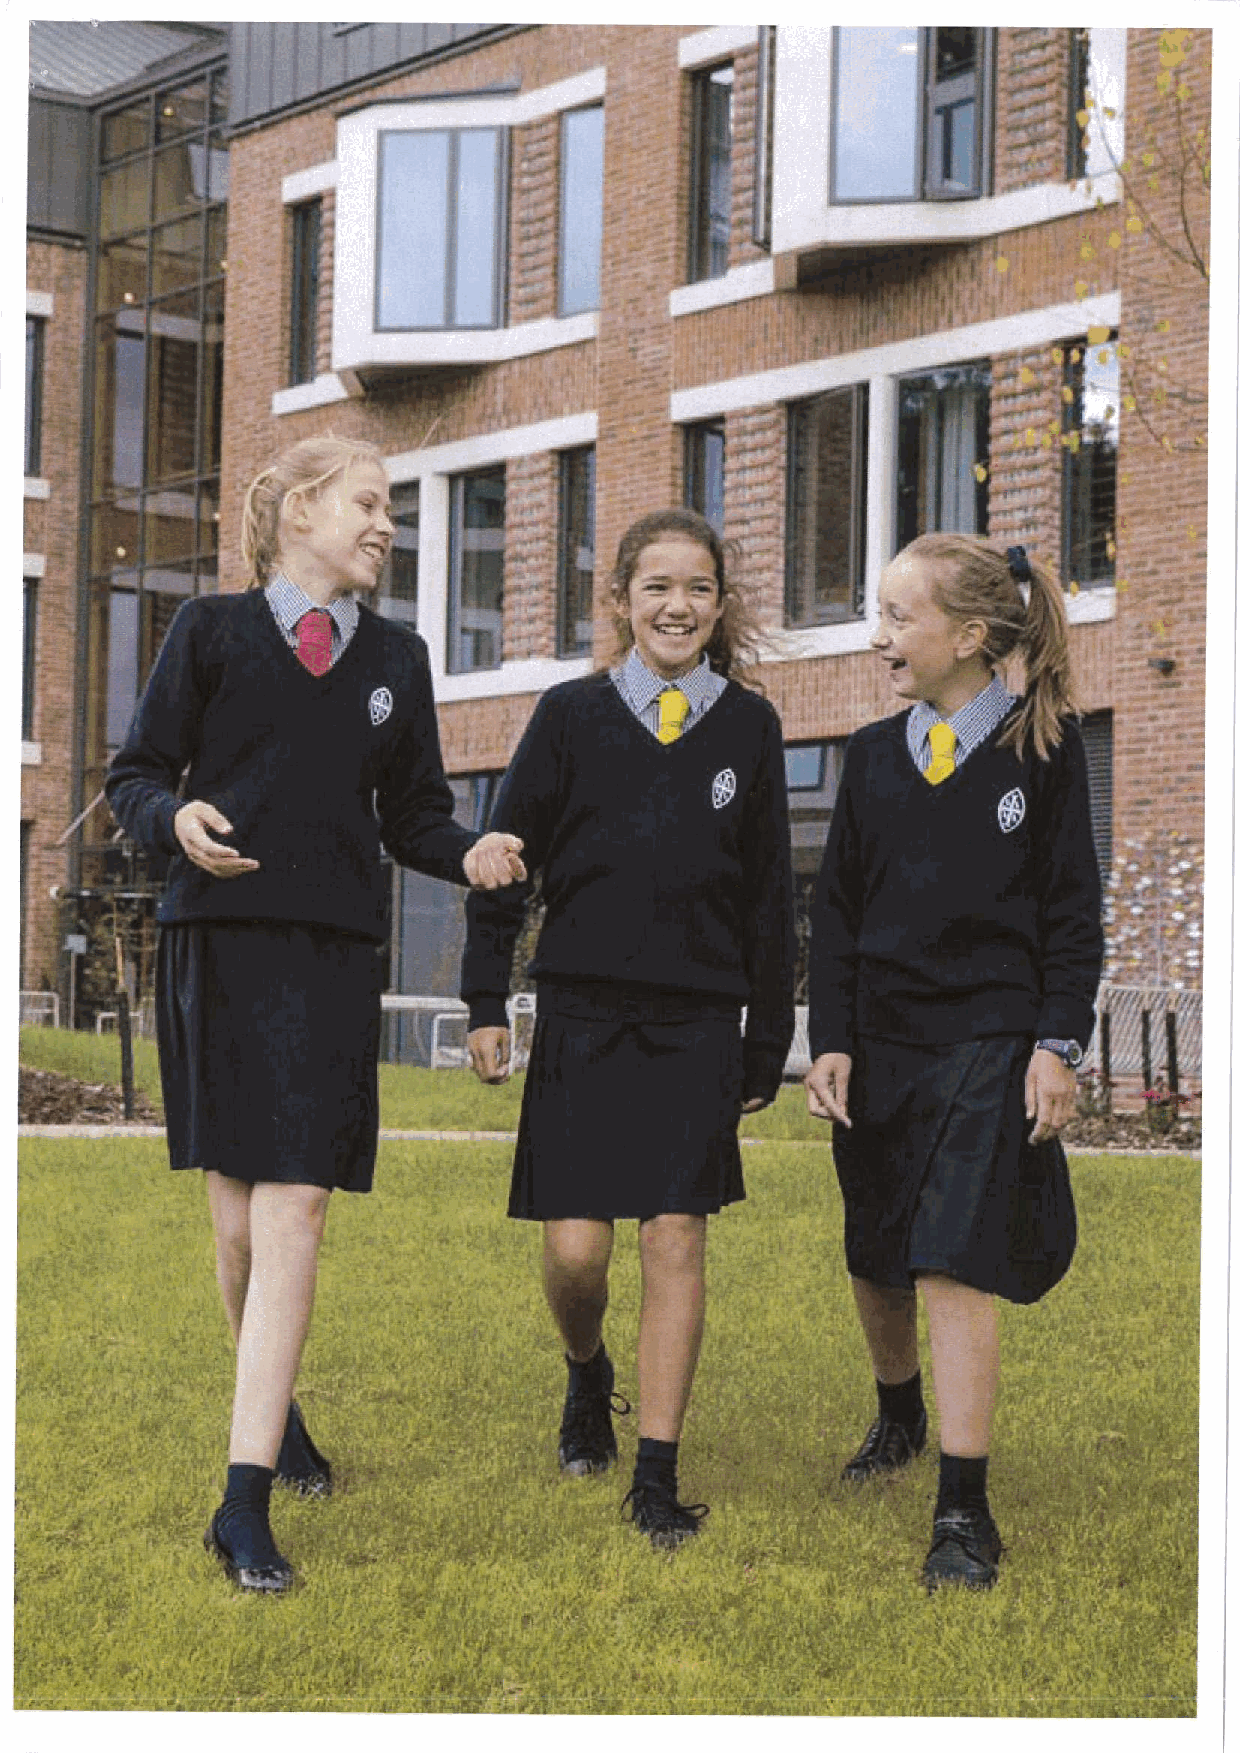
—t